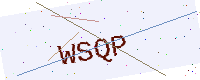
Text: WSQP